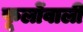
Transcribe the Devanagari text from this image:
फूलोंवाली